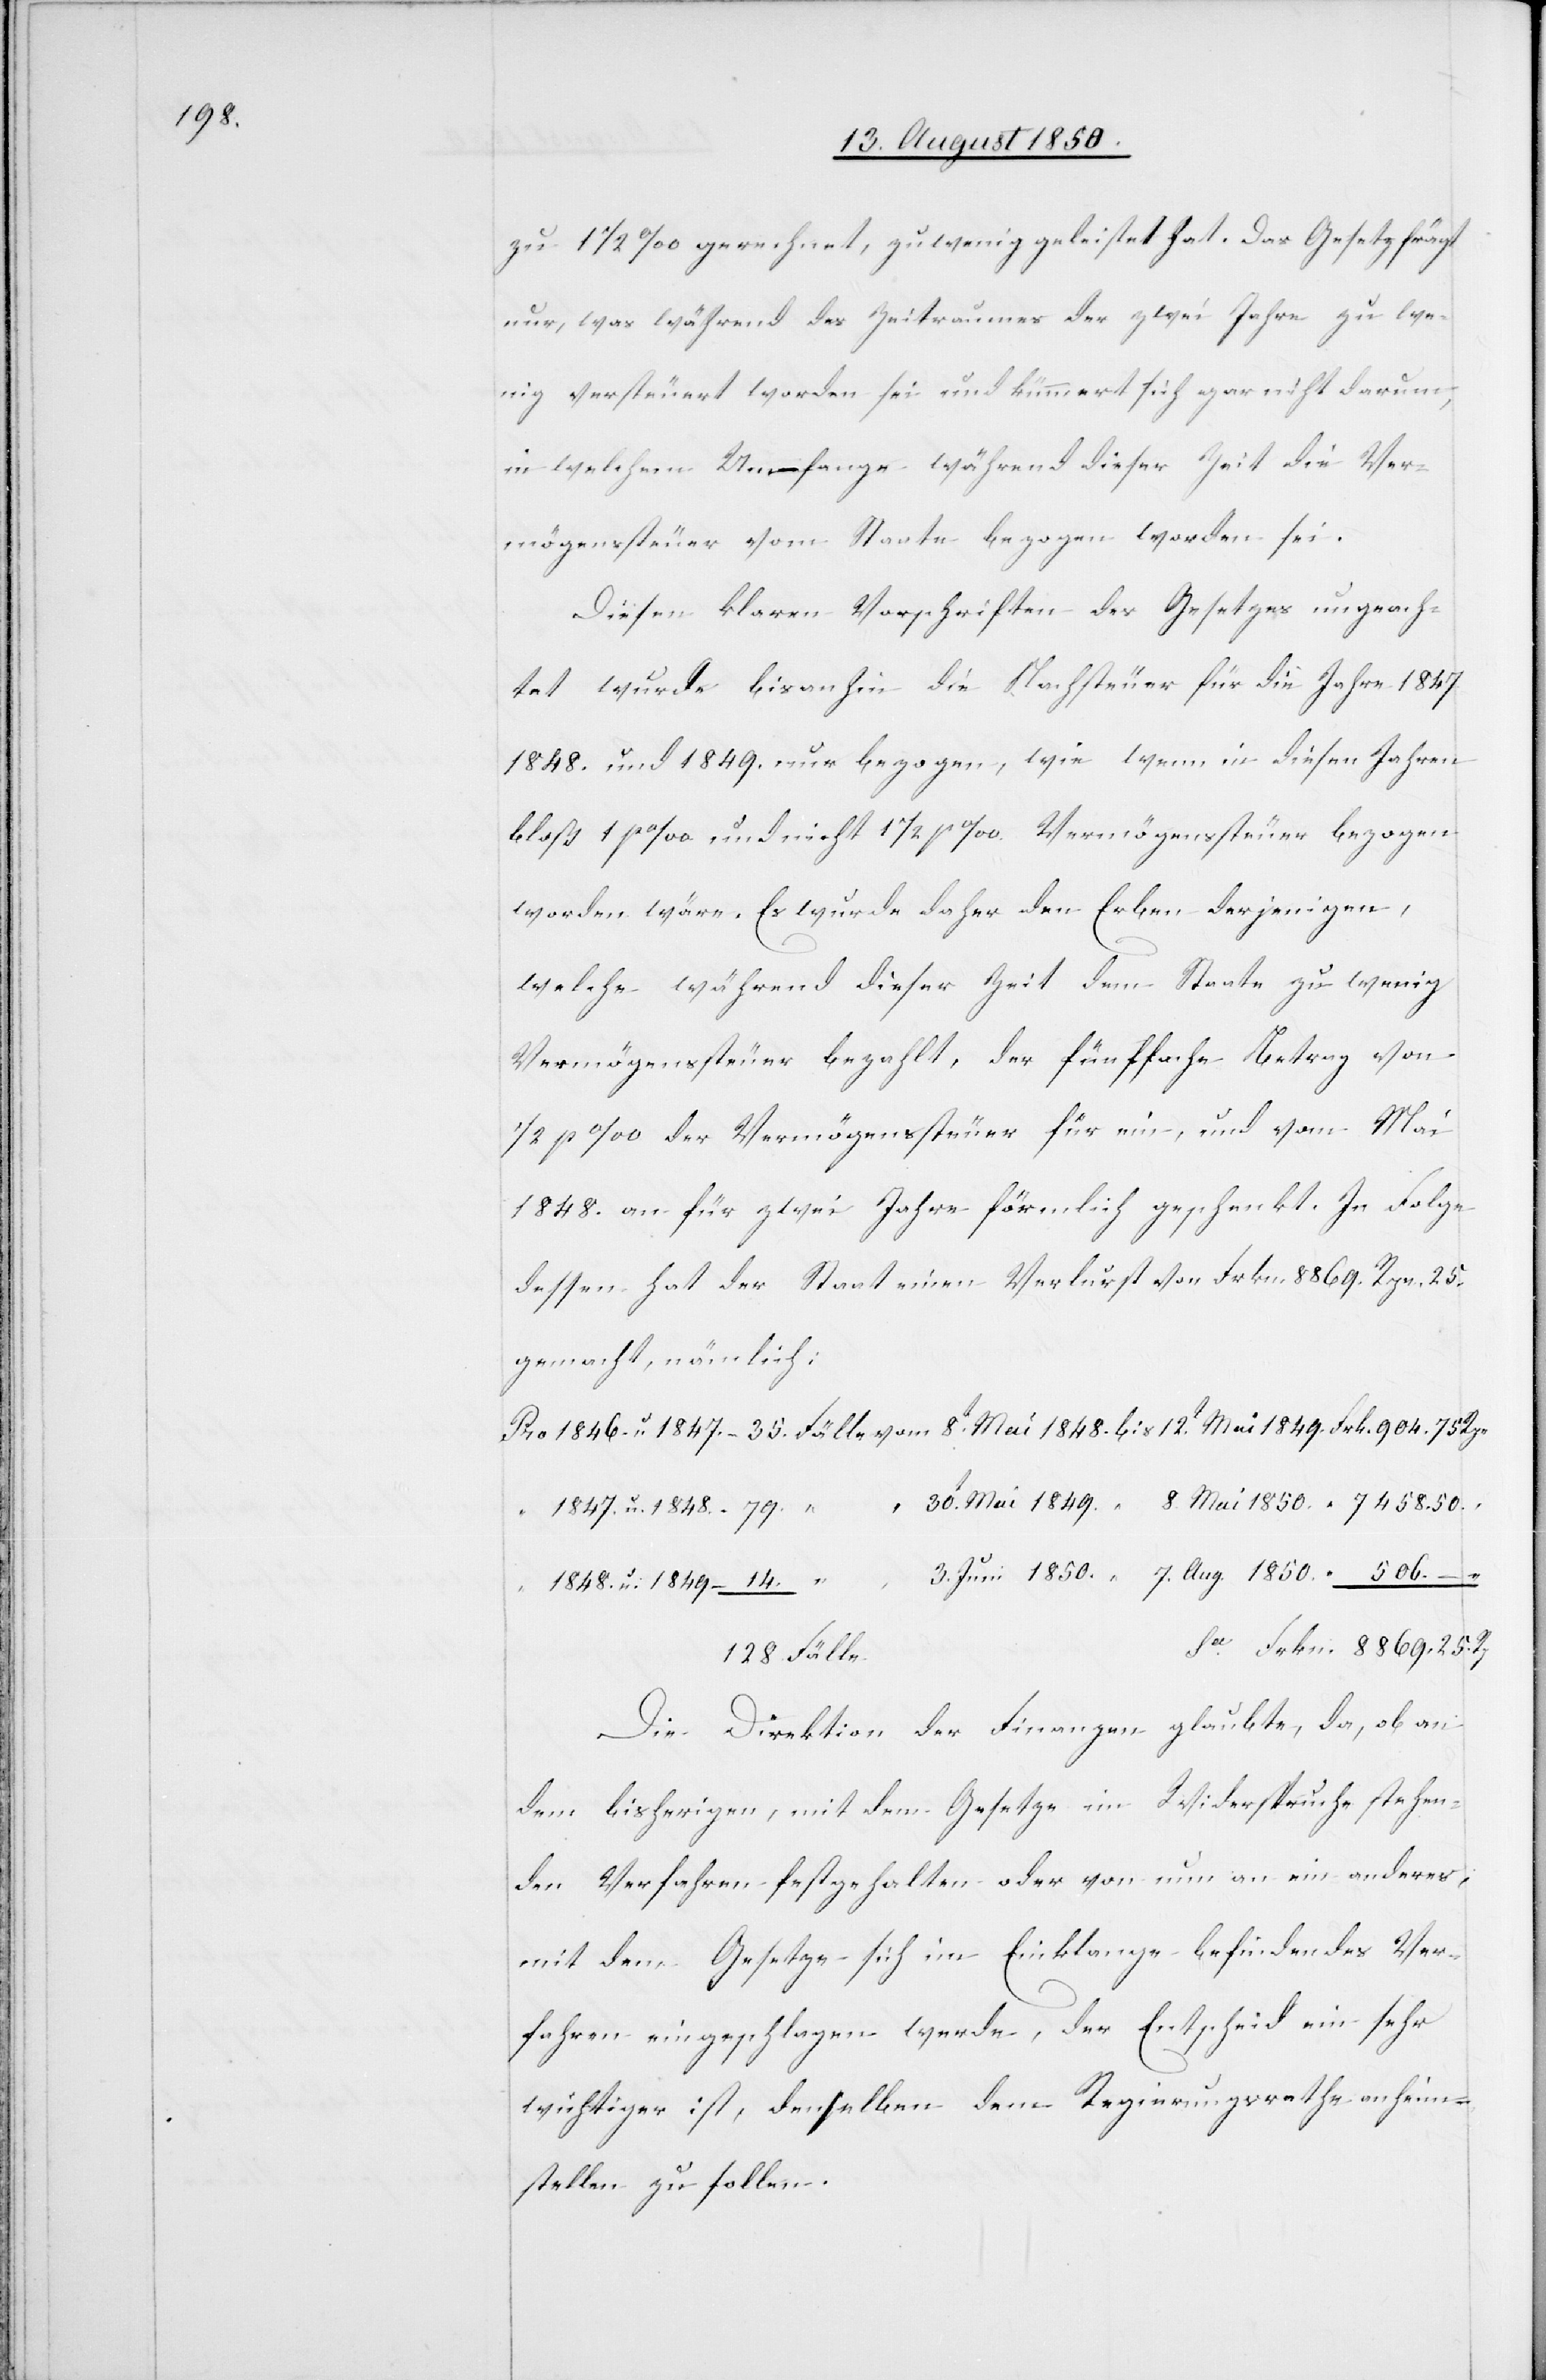
128.

zu 1 1/2 ‰ gerechnet, zu wenig geleistet hat. Das Gesetz frägt
nur, was während des Zeitraumes der zwei Jahre zu we¬
nig versteuert worden sei und kümmert sich gar nicht darum,
in welchem Umfange während dieser Zeit die Ver¬
mögenssteuer vom Staate bezogen worden sei.
Diesen klaren Vorschriften des Gesetzes ungeach¬
tet wurde bisanhin die Nachsteuer für die Jahre 1847[,]
1848. und 1849. nur bezogen, wie wenn in diesen Jahren
bloß 1 ‰ und nicht 1 1/2 ‰ Vermögenssteuer bezogen
worden wäre. Es wurde daher den Erben derjenigen,
welche während dieser Zeit dem Staate zu wenig
Vermögenssteuer bezahlt, der fünffache Betrag von
1/2 ‰ der Vermögenssteuer für ein, und vom Mai
1848. an für zwei Jahre förmlich geschenkt. In Folge
dessen hat der Staat einen Verlurst von Frkn. 8869. Rpn. 25.
gemacht, nämlich:
Pro	1846. u. 1847.	35. Fälle vom	8t Mai 1848.	bis	12t Mai 1849.	Frkn. 904.	75 Rpn
“	1847. u. 1848.	79 “ “	30t Mai 1849	 “	8. Mai 1850	 “ 7458.	50.
“	3. Juni 1850.	 “	7. Aug. 1850.	 “ 506.	–
“	1848. u. 1849.	14. “
Frkn. 8869.	25.
Die Direktion der Finanzen glaubte, da, ob an
dem bisherigen, mit dem Gesetze im Widerspruche stehen¬
den Verfahren festgehalten oder von nun an ein anderes,
mit dem Gesetze sich im Einklange befindendes Ver¬
fahren eingeschlagen werde, der Entscheid ein sehr
wichtiger ist, denselben dem Regierungsrathe anheim¬
stellen zu sollen.